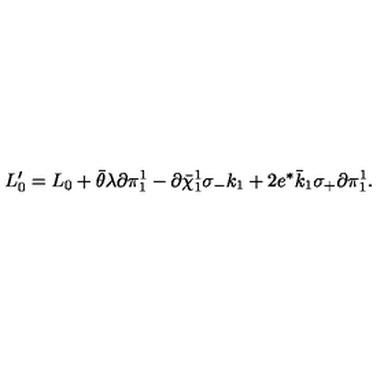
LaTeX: L _ { 0 } ^ { \prime } = L _ { 0 } + \bar { \theta } \lambda \partial \pi _ { 1 } ^ { 1 } - \partial \bar { \chi } _ { 1 } ^ { 1 } \sigma _ { - } k _ { 1 } + 2 e ^ { * } \bar { k } _ { 1 } \sigma _ { + } \partial \pi _ { 1 } ^ { 1 } .